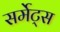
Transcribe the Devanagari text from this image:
सर्मेट्स